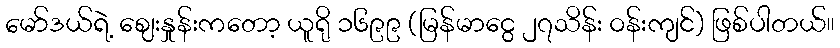
မော်ဒယ်ရဲ့ ဈေးနှုန်းကတော့ ယူရို ၁၆၉၉ (မြန်မာငွေ ၂၇သိန်း ဝန်းကျင်) ဖြစ်ပါတယ်။